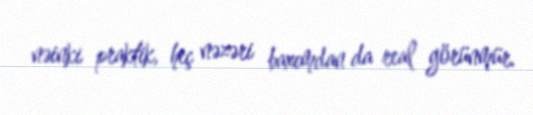
nəinki praktik, heç nəzəri baxımdan da real görünmür.